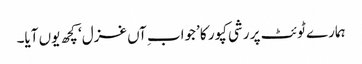
ہمارے ٹوئٹ پر رشی کپور کا ’جواب ِآں غزل‘ کچھ یوں آیا۔